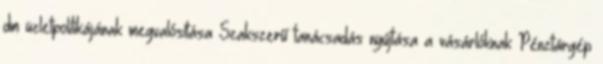
dm üzletpolitikájának megvalósítása Szakszerű tanácsadás nyújtása a vásárlóknak Pénztárgép